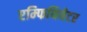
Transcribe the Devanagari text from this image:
एम्फिथियेटर